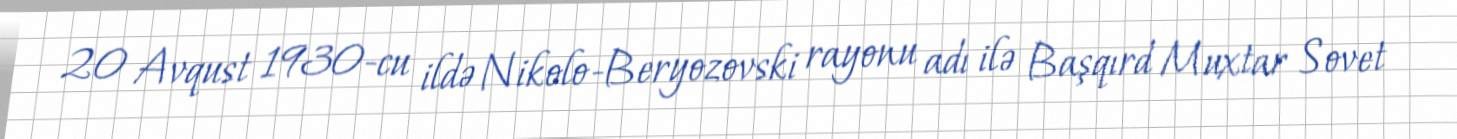
20 Avqust 1930-cu ildə Nikolo-Beryozovski rayonu adı ilə Başqırd Muxtar Sovet